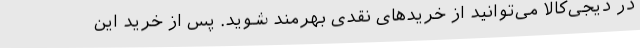
در دیجی‌کالا می‌توانید از خریدهای نقدی بهرمند شوید. پس از خرید این